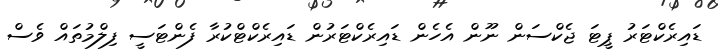
ޑައިރެކްޓަރު ޕީޓަ ޖެކްސަން ނޫން އެހެން ޑައިރެކްޓަރުން ޑައިރެކްޓްކުރާ ފެންޓަސީ ފިލްމުތައް ވެސް